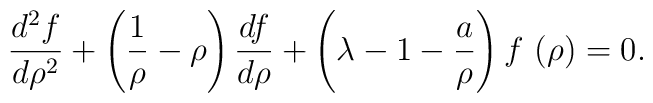
\frac{d^{2}f}{d\rho ^{2}}+\left( \frac{1}{\rho }-\rho \right) \frac{df}{  d\rho }+\left( \lambda -1-\frac{a}{\rho }\right) f\,\left( \rho \right) =0.